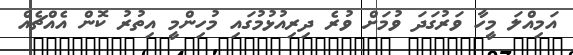
އަމިއްލަ މީހާ ވަރުގަދަ ވުމަށް ވުރެ ދިރިއުޅުމުގައި މުހިންމީ އިތުރު ކޮން އެއްޗެއް